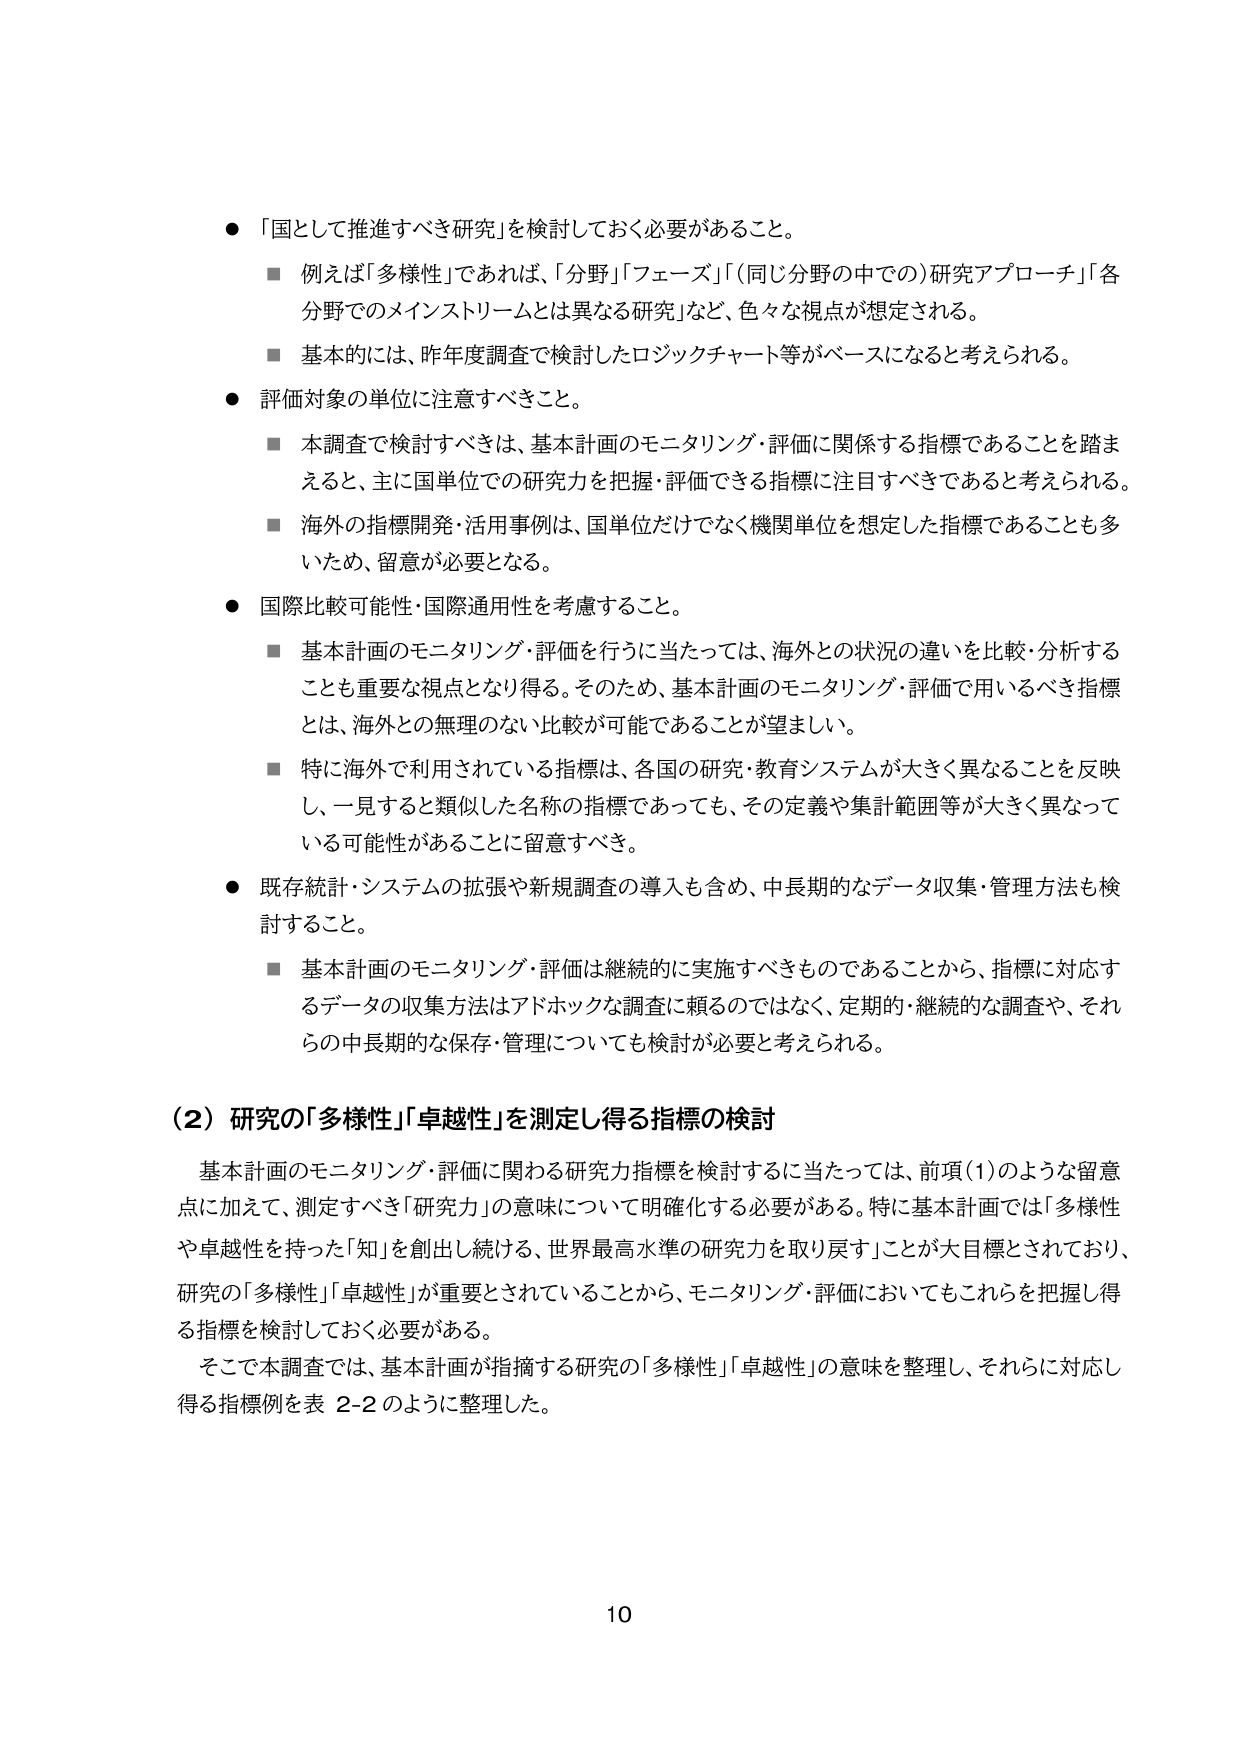
● 「国として推進すべき研究」を検討しておく必要があること。
　■ 例えば「多様性」であれば、「分野」「フェーズ」「（同じ分野の中での）研究アプローチ」「各分野でのメインストリームとは異なる研究」など、色々な視点が想定される。
　■ 基本的には、昨年度調査で検討したロジックチャート等がベースになると考えられる。

● 評価対象の単位に注意すべきこと。
　■ 本調査で検討すべきは、基本計画のモニタリング・評価に関係する指標であることを踏まえると、主に国単位での研究力を把握・評価できる指標に注目すべきであると考えられる。
　■ 海外の指標開発・活用事例は、国単位だけでなく機関単位を想定した指標であることも多いため、留意が必要となる。

● 国際比較可能性・国際通用性を考慮すること。
　■ 基本計画のモニタリング・評価を行うに当たっては、海外との状況の違いを比較・分析することも重要な視点となり得る。そのため、基本計画のモニタリング・評価で用いるべき指標とは、海外との無理のない比較が可能であることが望ましい。
　■ 特に海外で利用されている指標は、各国の研究・教育システムが大きく異なることを反映し、一見すると類似した名称の指標であっても、その定義や集計範囲等が大きく異なっている可能性があることに留意すべき。

● 既存統計・システムの拡張や新規調査の導入も含め、中長期的なデータ収集・管理方法も検討すること。
　■ 基本計画のモニタリング・評価は継続的に実施すべきものであることから、指標に対応するデータの収集方法はアドホックな調査に頼るのではなく、定期的・継続的な調査や、それらの中長期的な保存・管理についても検討が必要と考えられる。

（2）研究の「多様性」「卓越性」を測定し得る指標の検討

　基本計画のモニタリング・評価に関わる研究力指標を検討するに当たっては、前項（1）のような留意点に加えて、測定すべき「研究力」の意味について明確化する必要がある。特に基本計画では「多様性や卓越性を持った『知』を創出し続ける、世界最高水準の研究力を取り戻す」ことが大目標とされており、研究の「多様性」「卓越性」が重要とされていることから、モニタリング・評価においてもこれらを把握し得る指標を検討しておく必要がある。

　そこで本調査では、基本計画が指摘する研究の「多様性」「卓越性」の意味を整理し、それらに対応し得る指標例を表 2-2 のように整理した。

10